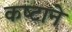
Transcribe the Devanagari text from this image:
कष्‍टाने